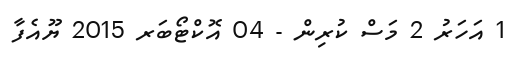
1 އަހަރު 2 މަސް ކުރިން - 04 އޮކްޓޯބަރ 2015 ޔޫއެފާ